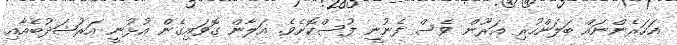
އަހަރެންނައް ބަލަންހުރި އަރޫން ވެސް ފެނުނީ ފުސްކޮށެވެ. އަލާން ގޮވައިގެން އުޅުނީ އަރުޝަދުބެއާއި